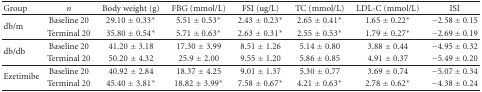
<table><thead><tr><td><b>Group</b></td><td><b><i>n</i></b></td><td><b>Body weight (g)</b></td><td><b>FBG (mmol/L)</b></td><td><b>FSI (ug/L)</b></td><td><b>TC (mmol/L)</b></td><td><b>LDL-C (mmol/L) </b></td><td><b>ISI</b></td></tr></thead><tbody><tr><td rowspan="2">db/m </td><td>Baseline 20</td><td>29.10 ± 0.33*</td><td>5.51 ± 0.53*</td><td> 2.43 ± 0.23*</td><td>2.65 ± 0.41*</td><td>1.65 ± 0.22*</td><td>−2.58 ± 0.15</td></tr><tr><td>Terminal 20</td><td>35.80 ± 0.54*</td><td>5.71 ± 0.63*</td><td> 2.63 ± 0.31*</td><td>2.55 ± 0.53*</td><td>1.79 ± 0.27*</td><td>−2.69 ± 0.19</td></tr><tr><td rowspan="2">db/db </td><td>Baseline 20</td><td>41.20 ± 3.18</td><td>17.30 ± 3.99</td><td>8.51 ± 1.26</td><td>5.14 ± 0.80</td><td>3.88 ± 0.44 </td><td>−4.95 ± 0.32</td></tr><tr><td>Terminal 20</td><td>50.20 ± 4.32</td><td>25.9 ± 2.00</td><td>9.55 ± 1.20</td><td>5.86 ± 0.85</td><td>4.91 ± 0.37 </td><td>−5.49 ± 0.20</td></tr><tr><td rowspan="2">Ezetimibe</td><td>Baseline 20</td><td>40.92 ± 2.84</td><td>18.37 ± 4.25</td><td>9.01 ± 1.37</td><td>5.30 ± 0.77</td><td>3.69 ± 0.74 </td><td>−5.07 ± 0.34</td></tr><tr><td>Terminal 20</td><td>45.40 ± 3.81*</td><td>18.82 ± 3.99*</td><td>7.58 ± 0.67*</td><td>4.21 ± 0.63*</td><td>2.78 ± 0.62*</td><td>−4.38 ± 0.24</td></tr></tbody></table>